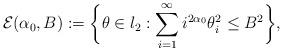
LaTeX: \begin{align*}\mathcal{E}(\alpha_{0},B):=\bigg{\{}\theta\in l_{2}:\sum_{i=1}^{\infty}i^{2\alpha_{0}}\theta^{2}_{i}\leq B^2\bigg{\}},\end{align*}